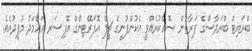
ބްރައިޓް ބްރަދާސްގެ ފަރާތުން ސޮއެކުރެއްވީ އެކުންފުނީގެ ޗީފް އޮފަރޭޓިންގް އޮފިސަރ އަހްމަދު މުފީދުއެވެ.